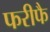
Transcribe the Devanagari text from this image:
फरीफै